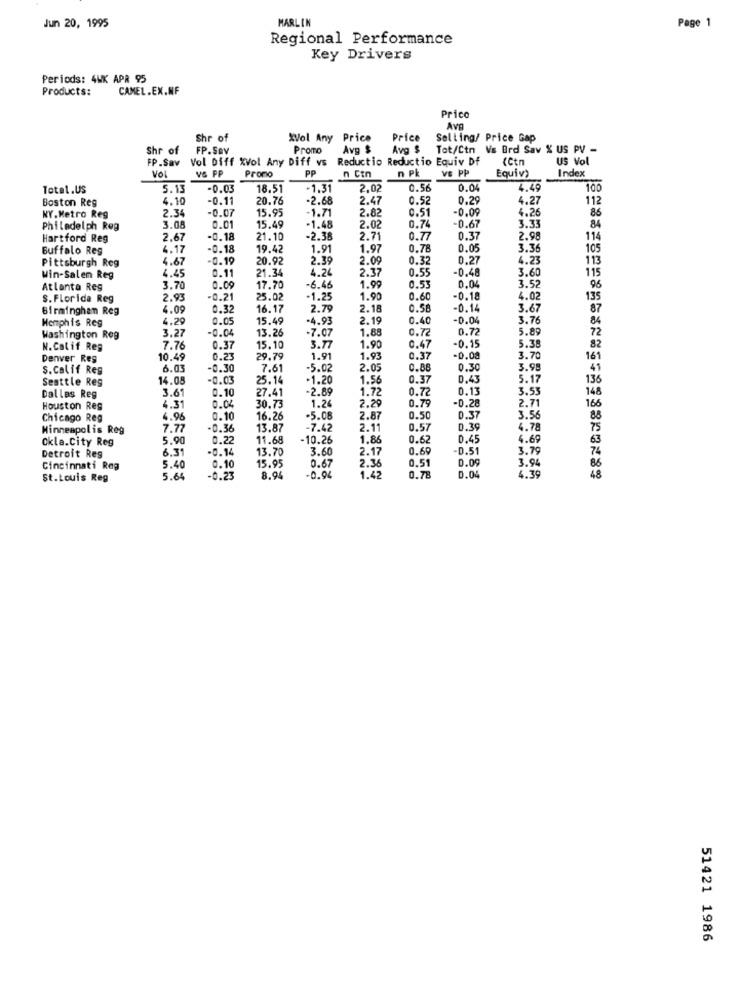
Jun 20, 1995
MARLIN
Page 1
Regional Performance
Key Drivers
Periods: 4WK APR 95
Products:
CAMEL.EX.NF
Prico
Ava
Shr of
%Vol Any Price
Price
Selling/ Price Gap
Shr of
FP.Sav
Promo
Avg $
Avg $
Tot/Ctn Vs Brd Sav % US PV -
FP.Sav
Vol Diff XVol Any Diff vs
Reductio Reductio Equiv Df
(Ctn
US Vol
VG PP
PP
VS PP
Equiv)
Vol
Promo
n Ctn
n Pk
Index
Total.US
5.13
-0.02
18.51
-1.31
2.02
0.5€
0.04
4.46
100
Boston Reg
4.10
-0.11
20.76
-2.68
2.47
0.52
0.29
4.27
112
2.34
-0.07
15.95
-1.71
2.82
0.51
-0.09
4.26
86
NY.Metro Reg
3.33
Philadelph Reg
3.08
0.01
15.49
-1.48
2.02
0.74
-0.67
84
Hartford Reg
2.67
-0.18
21.10
-2.38
2.7
0.77
0.37
2.98
114
Buffalo Reg
4.17
-0.18
19.42
1.91
1.97
0.78
0.05
3.36
105
Pittsburgh Reg
4.67
-0.19
20.92
2.39
2.09
0.32
0.27
4.23
113
4.45
0.11
21.34
4.24
2.37
0.5
-0.48
3.60
115
Win-Salen Reg
Atlanta Reg
3.70
0.09
17.70
-6.46
1.99
0.5
0.04
3.52
96
S. Florida Reg
2.93
-0.21
25.02
-1.25
1.90
0.60
-0.18
4.02
135
Birmingham Reg
6.09
0.3
16.17
2.79
2.1
0.58
-0.14
3.67
87
Memphis Reg
4.29
0.0
15.49
-4.93
2.19
0.40
-0.04
3.76
84
3.27
-0.04
-7.07
1.88
0.72
5.89
72
Washington Reg
13.26
0.72
N.Calif Reg
7.76
0.37
15.10
3.77
1.90
0.47
-0.15
5.38
82
Denver Reg
10.49
0.23
29.79
1.91
1.93
0.37
-0.08
3.70
161
S. Calif Res
6.03
-0.30
7.61
-5.02
2.05
0.88
0.30
3.9
41
Seattle Reg
14.08
-0.03
25.14
-1.20
1.56
0.37
0.43
5.17
136
3.61
0.10
27.41
-2.89
1.72
0.7
0.13
3.53
148
Dallas Reg
166
Houston Reg
4.31
0.0
30.73
1.24
2.29
0.79
-0.28
2.71
Chicago Reg
4.96
0.10
16.26
-5.08
2.8
0.50
0.37
3.5
88
Minneapolis Reg
7.77
-0.36
13.87
-7.42
2.1
0.57
0.39
4.78
75
ckla.City Reg
5.90
0.22
11.68
-10.26
1.86
0.62
0.45
4.69
63
6.31
-0.14
13.70
3.6
2.17
0.60
-0.51
3.79
74
Detroit Reg
5.4
0.6
2.36
0.51
0.09
3.94
86
Cincinnati Reg
0.10
15.95
48
St.Louis Reg
5.64
-0.23
8.94
-0.94
1.42
0.78
0.04
4.39
51421 1986